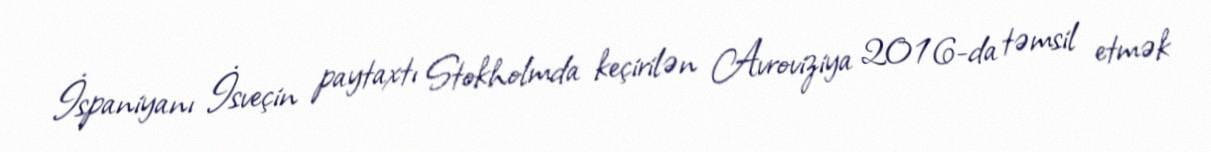
İspaniyanı İsveçin paytaxtı Stokholmda keçirilən Avroviziya 2016-da təmsil etmək